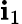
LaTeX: \mathbf{i}_{1}